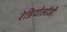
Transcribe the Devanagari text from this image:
रेडियोलॉंजी